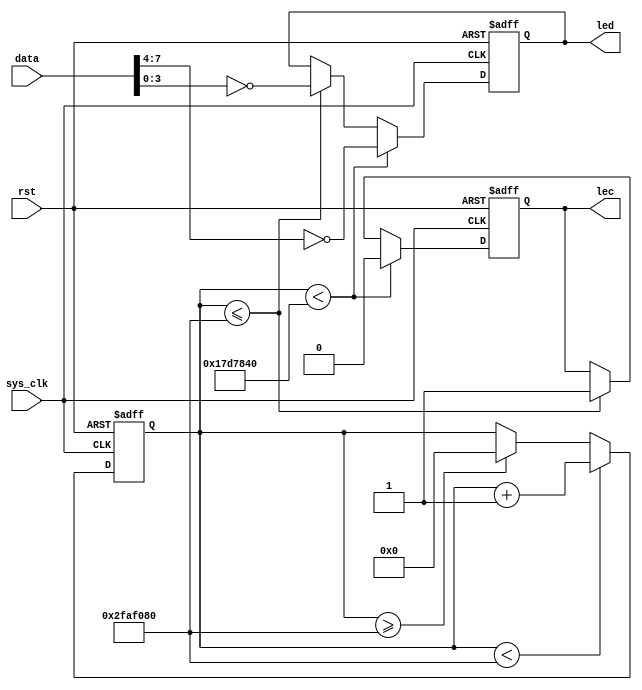
module led(
    input sys_clk,
    input rst,

    input [7:0] data,

    output reg lec,
    output reg [3:0] led
);

    localparam NUM = 32'd25_000_000, ALL = 32'd50_000_000;
    reg [31:0] cnt;

    always @(posedge sys_clk or posedge rst) begin
        if(rst) begin
            lec <= 1'b1;
            led <= 4'hF;
        end
        else if(cnt < NUM) begin
            lec <= 1'b0;
            led <= ~data[7:4];
        end
        else if(cnt <= ALL) begin
            lec <= 1'b1;
            led <= ~data[3:0];
        end
        else begin
            lec <= lec;
            led <= led;
        end
    end

    always @(posedge sys_clk or posedge rst) begin
        if(rst) cnt <= 32'd0;
        else if(cnt < ALL) cnt <= cnt + 1'b1;
        else if(cnt >= ALL) cnt <= 32'h0;
        else cnt <= cnt;
    end


endmodule